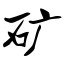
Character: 矿